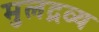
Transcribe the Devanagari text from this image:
मुलद्रव्य